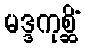
မဒ္ဒကုစ္ဆိံ